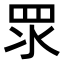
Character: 𥄳